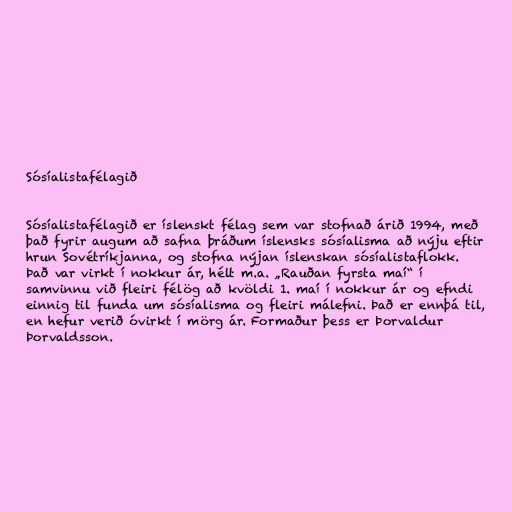
Sósíalistafélagið

Sósíalistafélagið er íslenskt félag sem var stofnað árið 1994, með
það fyrir augum að safna þráðum íslensks sósíalisma að nýju eftir
hrun Sovétríkjanna, og stofna nýjan íslenskan sósíalistaflokk.
Það var virkt í nokkur ár, hélt m.a. „Rauðan fyrsta maí“ í
samvinnu við fleiri félög að kvöldi 1. maí í nokkur ár og efndi
einnig til funda um sósíalisma og fleiri málefni. Það er ennþá til,
en hefur verið óvirkt í mörg ár. Formaður þess er Þorvaldur
Þorvaldsson.